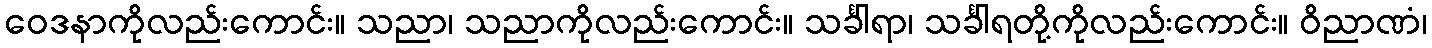
ဝေဒနာကိုလည်းကောင်း။ သညာ၊ သညာကိုလည်းကောင်း။ သင်္ခါရာ၊ သင်္ခါရတို့ကိုလည်းကောင်း။ ဝိညာဏံ၊